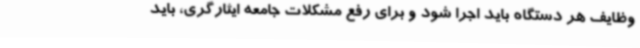
وظایف هر دستگاه باید اجرا شود و برای رفع مشکلات جامعه ایثارگری، باید